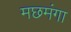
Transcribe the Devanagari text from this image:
मछमंगा